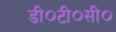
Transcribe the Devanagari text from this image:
डी०टी०सी०